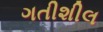
ગતીશીલ